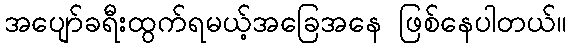
အပျော်ခရီးထွက်ရမယ့်အခြေအနေ ဖြစ်နေပါတယ်။